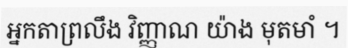
អ្នកតាព្រលឹង វិញ្ញាណ យ៉ាង មុតមាំ ។